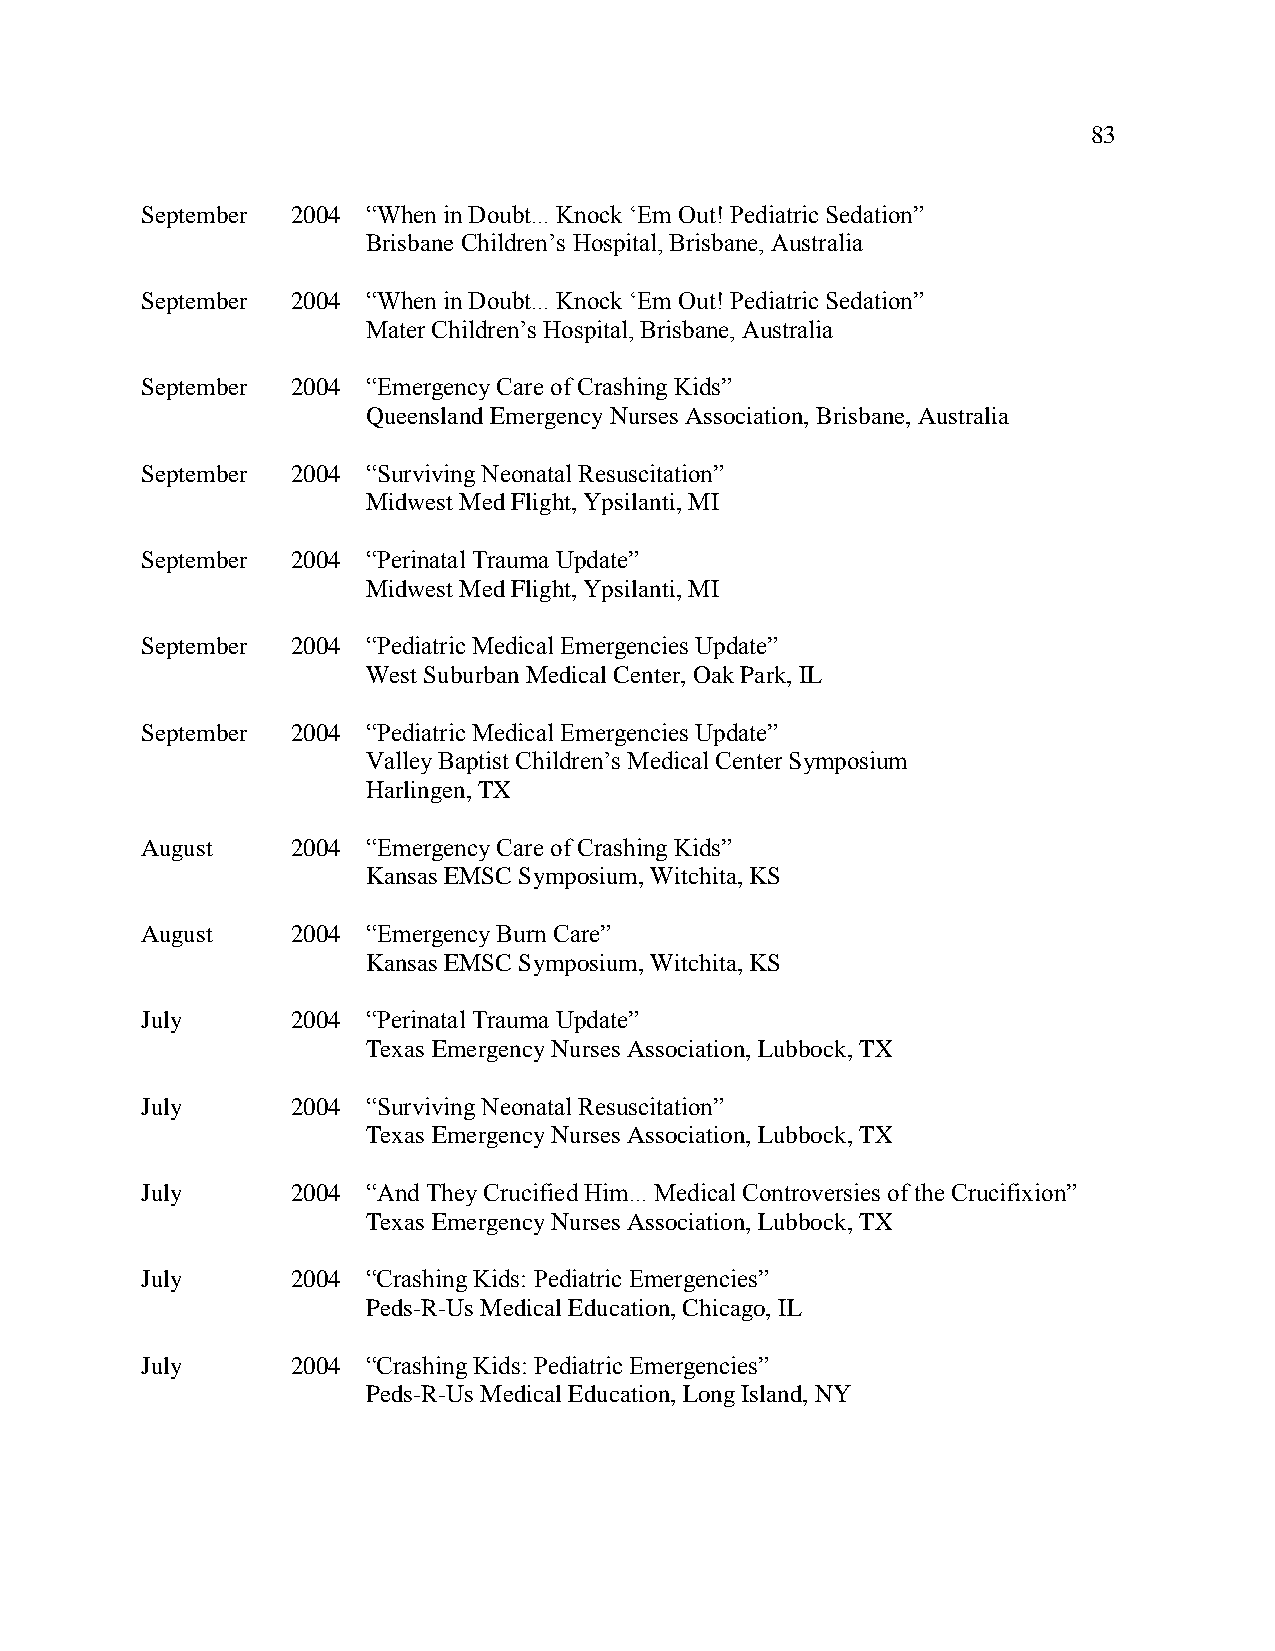
83
 September 2004 “When in Doubt... Knock ‘Em Out! Pediatric Sedation”
 Brisbane Children’s Hospital, Brisbane, Australia
 September 2004 “When in Doubt... Knock ‘Em Out! Pediatric Sedation”
 Mater Children’s Hospital, Brisbane, Australia
 September 2004 “Emergency Care of Crashing Kids”
 Queensland Emergency Nurses Association, Brisbane, Australia
 September 2004 “Surviving Neonatal Resuscitation”
 Midwest Med Flight, Ypsilanti, MI
 September 2004 “Perinatal Trauma Update”
 Midwest Med Flight, Ypsilanti, MI
 September 2004 “Pediatric Medical Emergencies Update”
 West Suburban Medical Center, Oak Park, IL
 September 2004 “Pediatric Medical Emergencies Update”
 Valley Baptist Children’s Medical Center Symposium
 Harlingen, TX
 August    2004 “Emergency Care of Crashing Kids”
 Kansas EMSC Symposium, Witchita, KS
 August    2004 “Emergency Burn Care”
 Kansas EMSC Symposium, Witchita, KS
 July      2004 “Perinatal Trauma Update”
 Texas Emergency Nurses Association, Lubbock, TX
 July      2004 “Surviving Neonatal Resuscitation”
 Texas Emergency Nurses Association, Lubbock, TX
 July      2004 “And They Crucified Him... Medical Controversies of the Crucifixion”
 Texas Emergency Nurses Association, Lubbock, TX
 July      2004 “Crashing Kids: Pediatric Emergencies”
 Peds-R-Us Medical Education, Chicago, IL
 July      2004 “Crashing Kids: Pediatric Emergencies”
 Peds-R-Us Medical Education, Long Island, NY